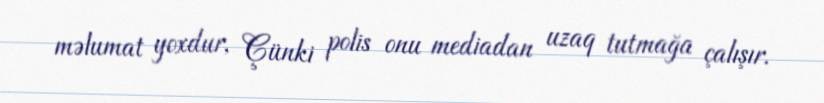
məlumat yoxdur, Çünki polis onu mediadan uzaq tutmağa çalışır.